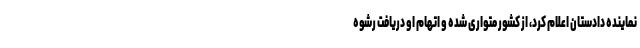
نماینده دادستان اعلام کرد، از کشور متواری شده و اتهام او دریافت رشوه